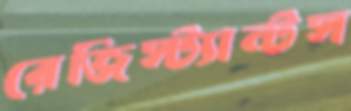
রেজিস্ট্যান্টস